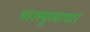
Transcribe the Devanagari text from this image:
मालपुव्यावार